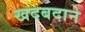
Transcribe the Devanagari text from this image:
खदबदाने